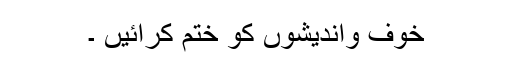
خوف واندیشوں کو ختم کرائیں ۔